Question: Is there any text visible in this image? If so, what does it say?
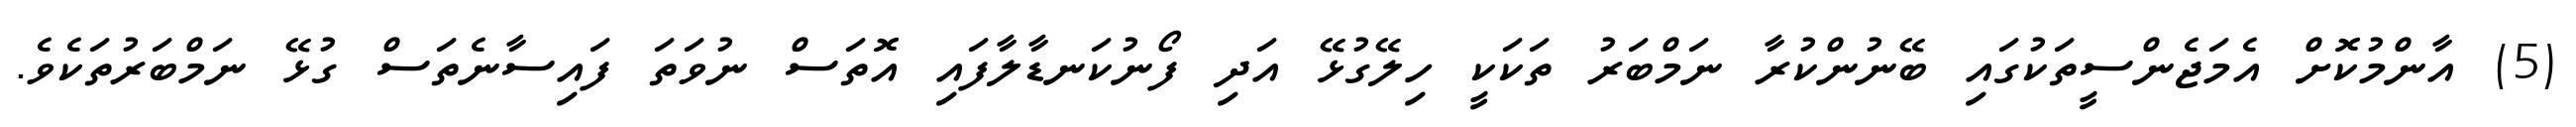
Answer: (5) އާންމުކޮށް އެމަޖެންސީތަކުގައި ބޭނުންކުރާ ނަމްބަރު ތަކަކީ ހިލޭގުޅޭ އަދި ފޯނުކަނޑާލާފައި އޮތަސް ނުވަތަ ފައިސާނެތަސް ގުޅޭ ނަމްބަރުތަކެވެ.